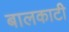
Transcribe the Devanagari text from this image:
बालकाटी